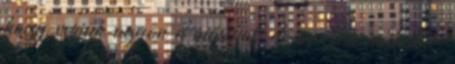
hogy verjük agyon a másikat, de ez csak műbalhé.